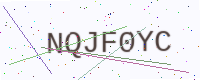
Text: NQJF0YC